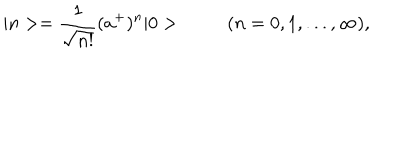
LaTeX: | n > = { \frac { 1 } { \sqrt { n ! } } } ( a ^ { + } ) ^ { n } | 0 > ( n = 0 , 1 , . . . , \infty ) ,